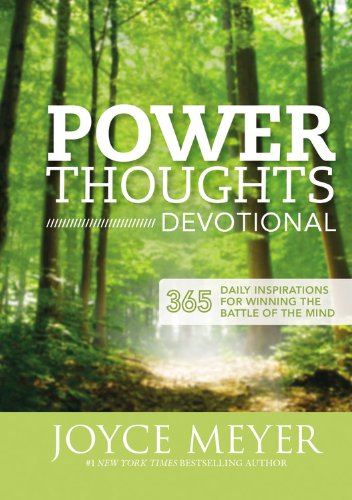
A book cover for Power Thoughts Devotional: 365 Daily Inspirations for Winning the Battle of the Mind; Joyce Meyer; Christian Books & Bibles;